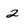
Character: 2